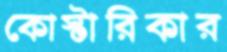
কোস্টারিকার